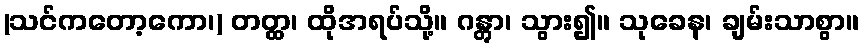
(သင်ကတော့ကော၊) တတ္ထ၊ ထိုအရပ်သို့။ ဂန္တွာ၊ သွား၍။ သုခေန၊ ချမ်းသာစွာ။